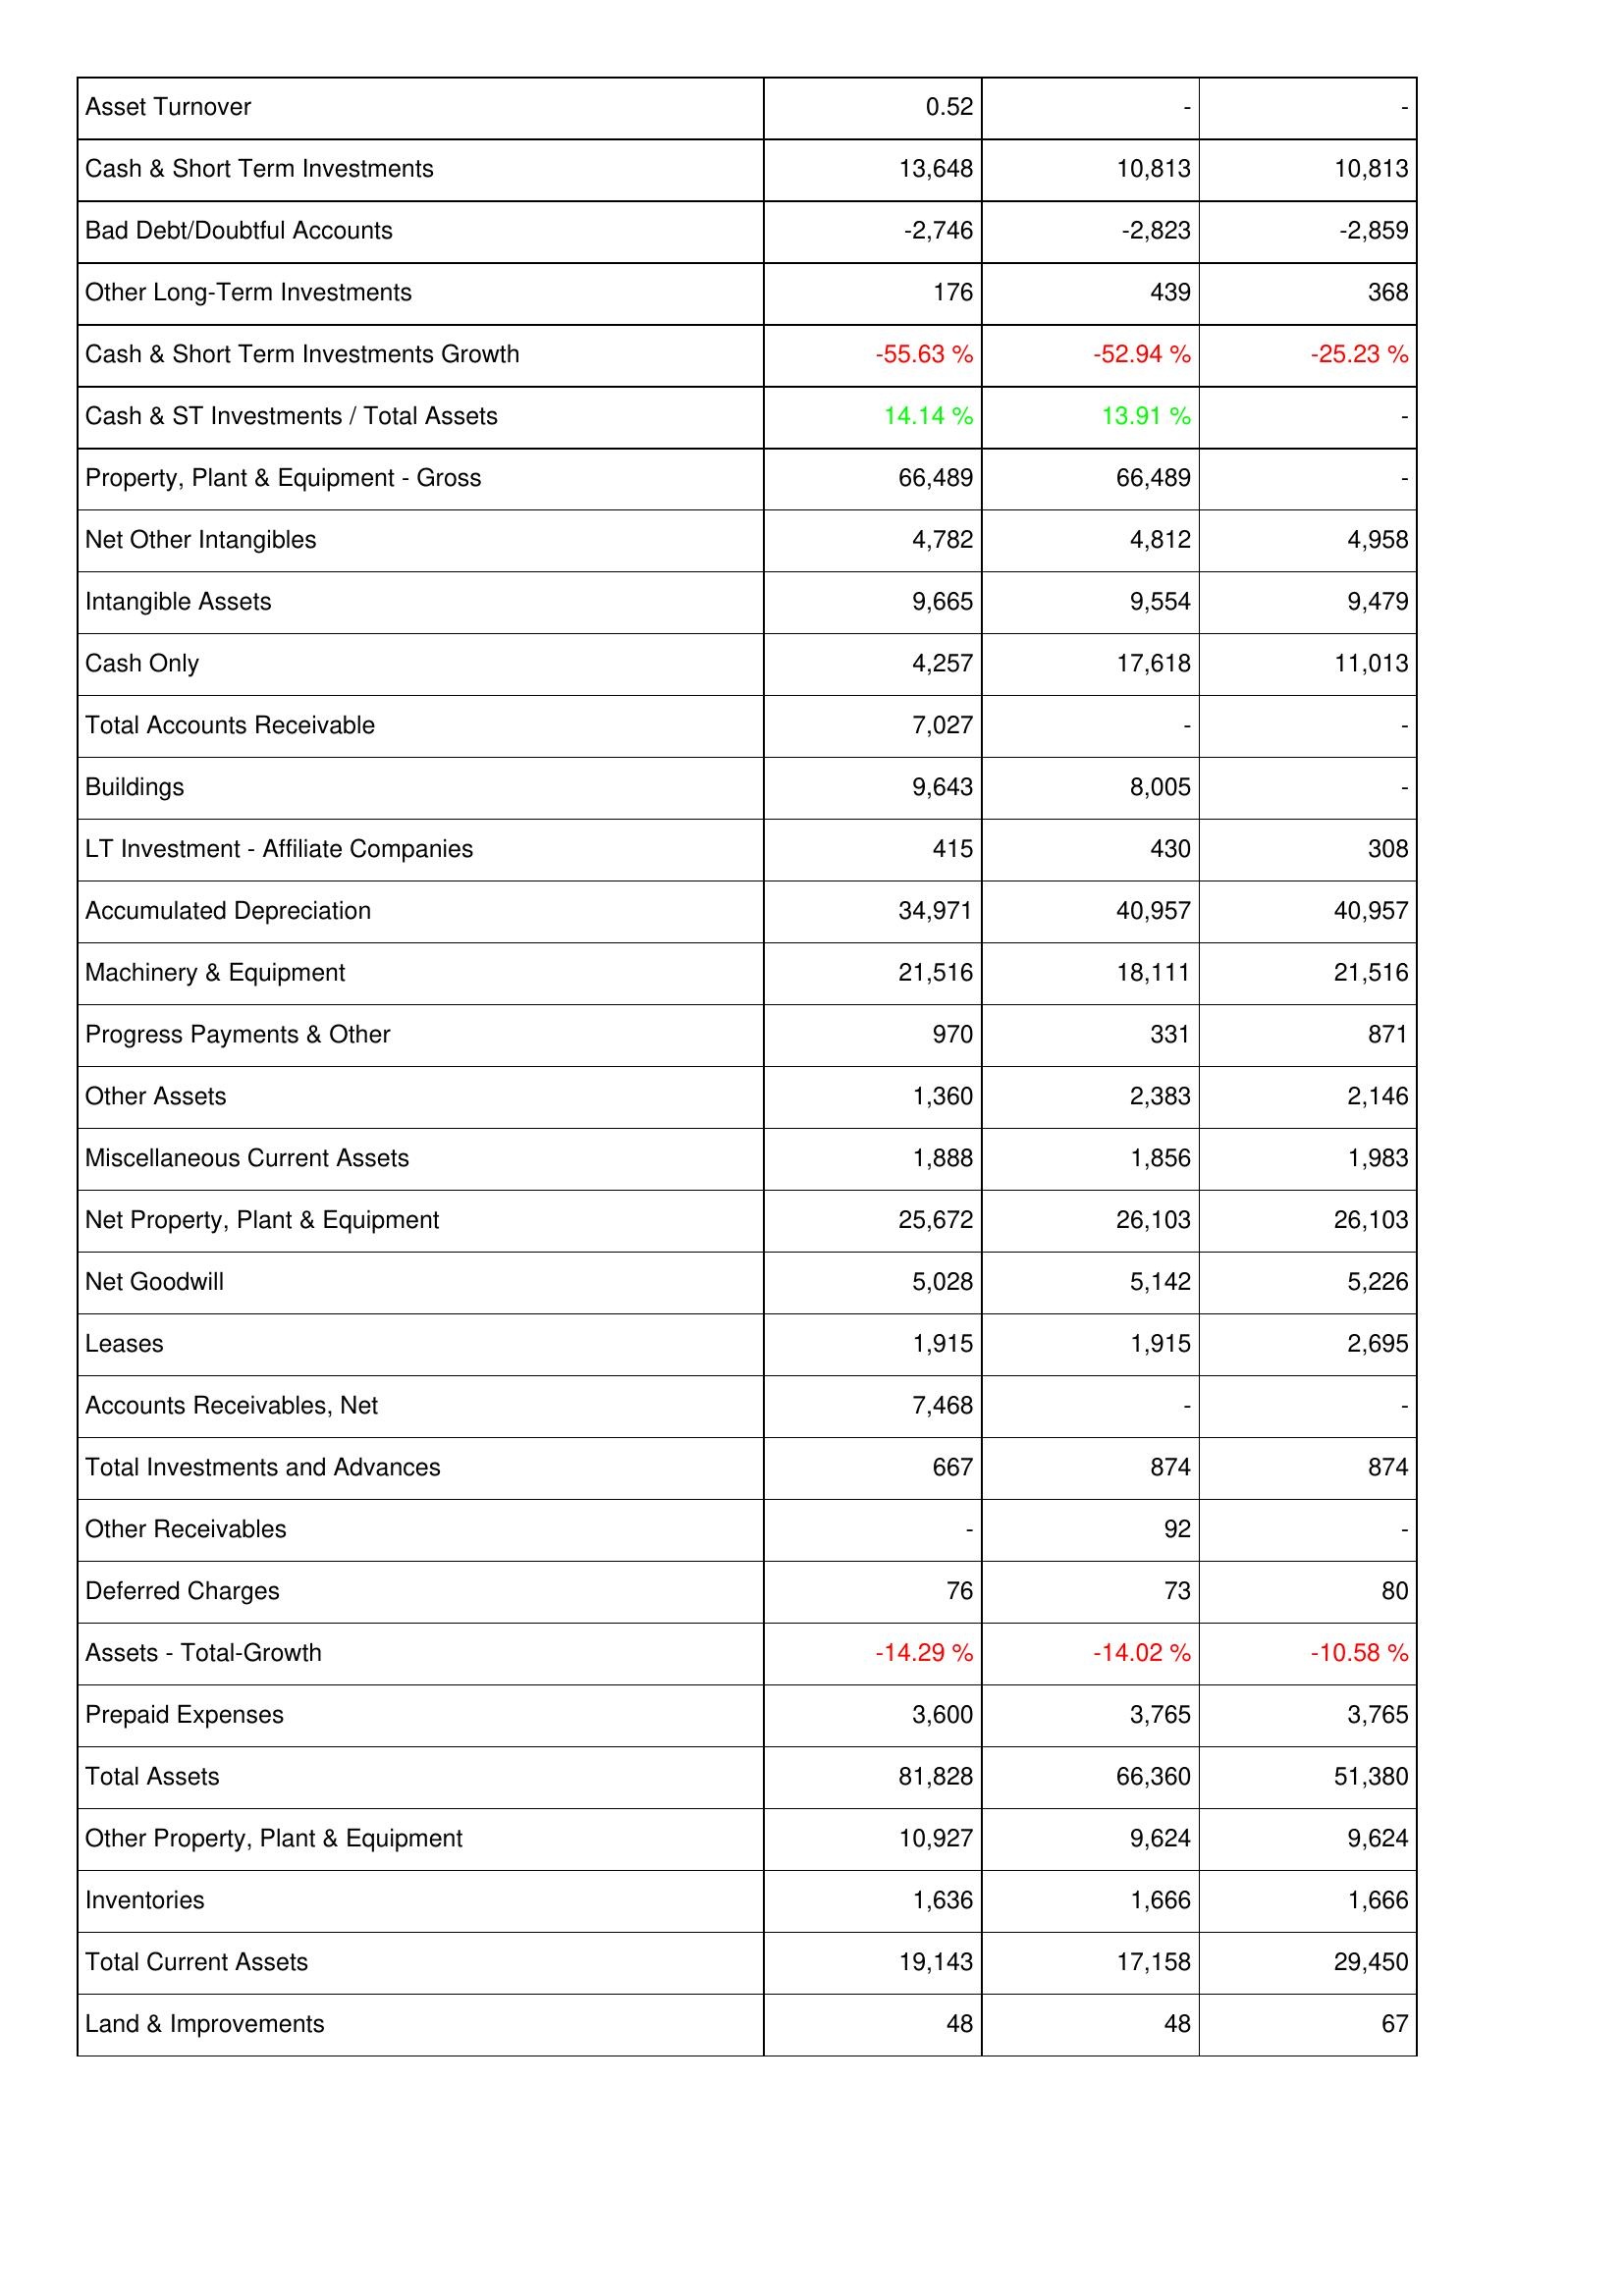
2011: Assets: Asset Turnover: 0.52
Cash & Short Term Investments: 13,648
Bad Debt/Doubtful Accounts: -2,746
Other Long-Term Investments: 176
Cash & Short Term Investments Growth: -55.63 %
Cash & ST Investments / Total Assets: 14.14 %
Property, Plant & Equipment - Gross: 66,489
Net Other Intangibles: 4,782
Intangible Assets: 9,665
Cash Only: 4,257
Total Accounts Receivable: 7,027
Buildings: 9,643
LT Investment - Affiliate Companies: 415
Accumulated Depreciation: 34,971
Machinery & Equipment: 21,516
Progress Payments & Other: 970
Other Assets: 1,360
Miscellaneous Current Assets: 1,888
Net Property, Plant & Equipment: 25,672
Net Goodwill: 5,028
Leases: 1,915
Accounts Receivables, Net: 7,468
Total Investments and Advances: 667
Other Receivables: -
Deferred Charges: 76
Assets - Total-Growth: -14.29 %
Prepaid Expenses: 3,600
Total Assets: 81,828
Other Property, Plant & Equipment: 10,927
Inventories: 1,636
Total Current Assets: 19,143
Land & Improvements: 48
2010: Assets: Asset Turnover: -
Cash & Short Term Investments: 10,813
Bad Debt/Doubtful Accounts: -2,823
Other Long-Term Investments: 439
Cash & Short Term Investments Growth: -52.94 %
Cash & ST Investments / Total Assets: 13.91 %
Property, Plant & Equipment - Gross: 66,489
Net Other Intangibles: 4,812
Intangible Assets: 9,554
Cash Only: 17,618
Total Accounts Receivable: -
Buildings: 8,005
LT Investment - Affiliate Companies: 430
Accumulated Depreciation: 40,957
Machinery & Equipment: 18,111
Progress Payments & Other: 331
Other Assets: 2,383
Miscellaneous Current Assets: 1,856
Net Property, Plant & Equipment: 26,103
Net Goodwill: 5,142
Leases: 1,915
Accounts Receivables, Net: -
Total Investments and Advances: 874
Other Receivables: 92
Deferred Charges: 73
Assets - Total-Growth: -14.02 %
Prepaid Expenses: 3,765
Total Assets: 66,360
Other Property, Plant & Equipment: 9,624
Inventories: 1,666
Total Current Assets: 17,158
Land & Improvements: 48
2009: Assets: Asset Turnover: -
Cash & Short Term Investments: 10,813
Bad Debt/Doubtful Accounts: -2,859
Other Long-Term Investments: 368
Cash & Short Term Investments Growth: -25.23 %
Cash & ST Investments / Total Assets: -
Property, Plant & Equipment - Gross: -
Net Other Intangibles: 4,958
Intangible Assets: 9,479
Cash Only: 11,013
Total Accounts Receivable: -
Buildings: -
LT Investment - Affiliate Companies: 308
Accumulated Depreciation: 40,957
Machinery & Equipment: 21,516
Progress Payments & Other: 871
Other Assets: 2,146
Miscellaneous Current Assets: 1,983
Net Property, Plant & Equipment: 26,103
Net Goodwill: 5,226
Leases: 2,695
Accounts Receivables, Net: -
Total Investments and Advances: 874
Other Receivables: -
Deferred Charges: 80
Assets - Total-Growth: -10.58 %
Prepaid Expenses: 3,765
Total Assets: 51,380
Other Property, Plant & Equipment: 9,624
Inventories: 1,666
Total Current Assets: 29,450
Land & Improvements: 67